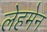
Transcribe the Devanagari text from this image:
लेहमेन